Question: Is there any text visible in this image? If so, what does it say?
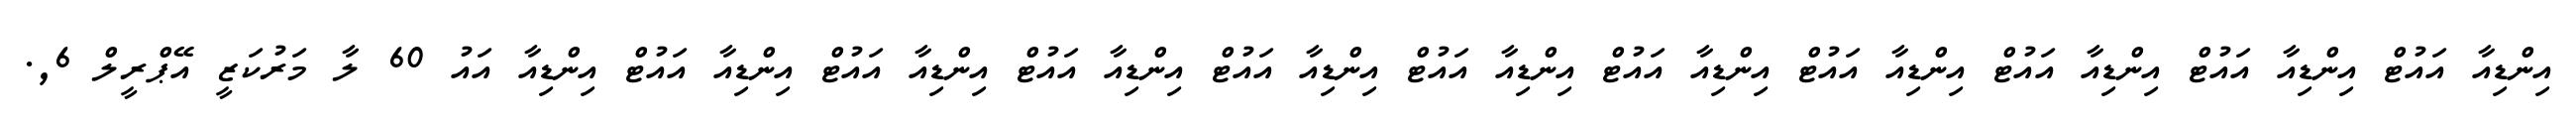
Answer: އިންޑިއާ އައުޓް އިންޑިއާ އައުޓް އިންޑިއާ އައުޓް އިންޑިއާ އައުޓް އިންޑިއާ އައުޓް އިންޑިއާ އައުޓް އިންޑިއާ އައުޓް އިންޑިއާ އައުޓް އިންޑިއާ އައުޓް އިންޑިއާ އައުޓް އިންޑިއާ އައު 60 ލާ މަރުކަޒީ އޭޕްރީލް 6,.